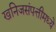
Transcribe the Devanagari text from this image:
खनिजसंपत्तीमध्ये